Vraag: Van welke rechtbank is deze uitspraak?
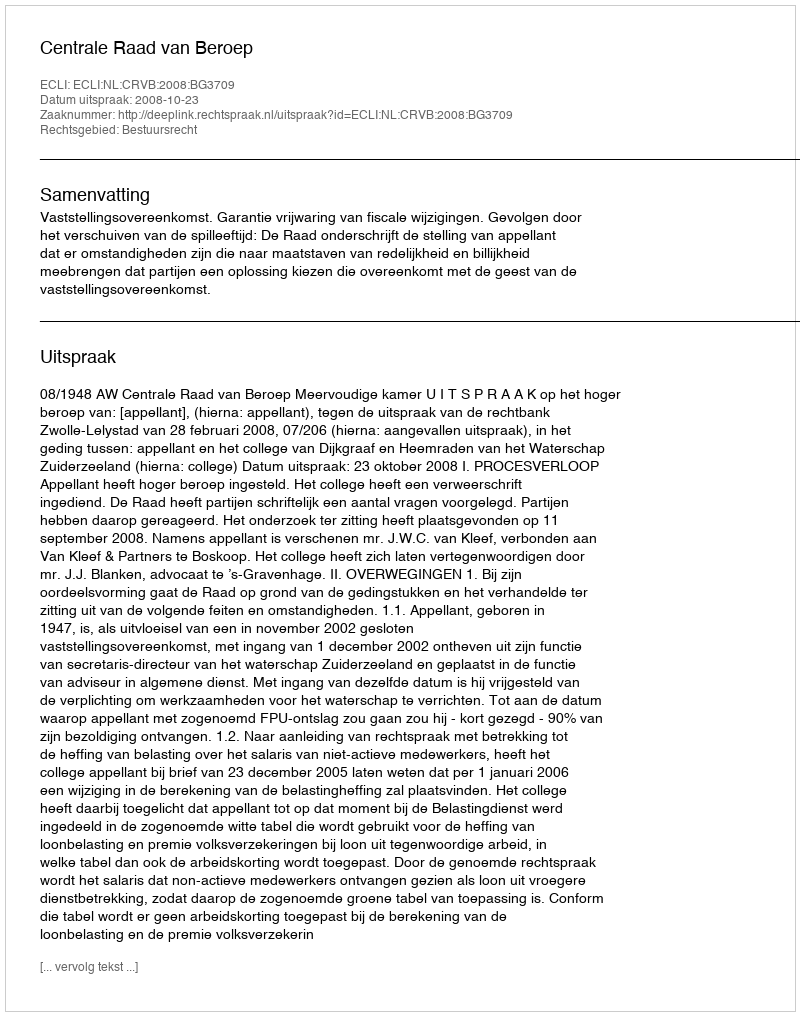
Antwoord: Centrale Raad van Beroep